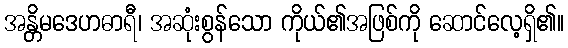
အန္တိမဒေဟဓာရီ၊ အဆုံးစွန်သော ကိုယ်၏အဖြစ်ကို ဆောင်လေ့ရှိ၏။